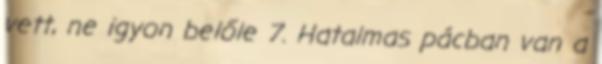
vett, ne igyon belőle 7. Hatalmas pácban van a